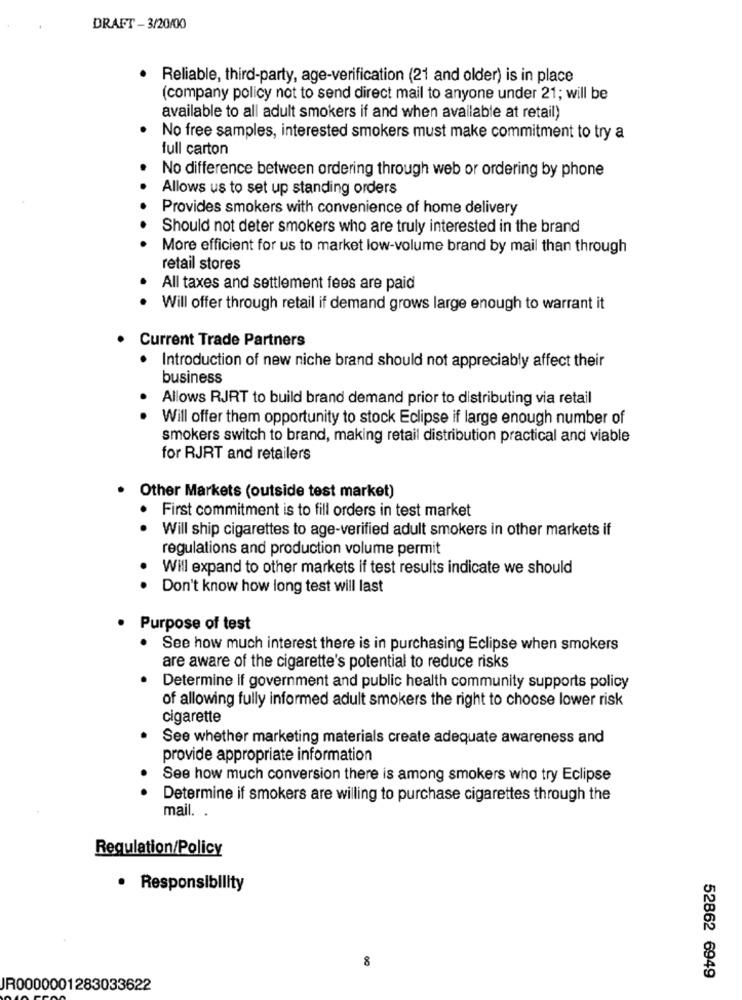
DRAFT -3/20/00
Reliable, third-party, age-verification (21 and older) is in place
(company policy not to send direct mail to anyone under 21; will be
available to all adult smokers if and when available at retail)
No free samples, interested smokers must make commitment to try a
full carton
No difference between ordering through web or ordering by phone
Allows us to set up standing orders
Provides smokers with convenience of home delivery
Should not deter smokers who are truly interested in the brand
More efficient for us to market low-volume brand by mail than through
retail stores
All taxes and settlement fees are paid
Will offer through retail if demand grows large enough to warrant it
· Current Trade Partners
Introduction of new niche brand should not appreciably affect their
business
Allows RJRT to build brand demand prior to distributing via retail
Will offer them opportunity to stock Eclipse if large enough number of
smokers switch to brand, making retail distribution practical and viable
for RJRT and retailers
Other Markets (outside test market)
First commitment is to fill orders in test market
.
Will ship cigarettes to age-verified adult smokers in other markets if
regulations and production volume permit
Will expand to other markets if test results indicate we should
Don't know how long test will last
Purpose of test
See how much interest there is in purchasing Eclipse when smokers
are aware of the cigarette's potential to reduce risks
Determine If government and public health community supports policy
of allowing fully informed adult smokers the right to choose lower risk
cigarette
See whether marketing materials create adequate awareness and
provide appropriate information
See how much conversion there is among smokers who try Eclipse
Determine if smokers are willing to purchase cigarettes through the
mail. .
Regulation/Policy
· Responsibility
8
52862 6949
JR0000001283033622